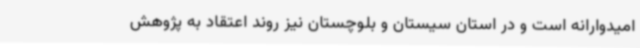
امیدوارانه است و در استان سیستان و بلوچستان نیز روند اعتقاد به پژوهش